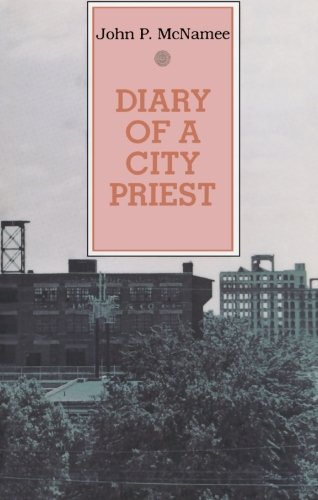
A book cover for Diary of A City Priest; John P. McNamee; Christian Books & Bibles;